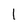
Character: 1